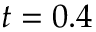
t = 0 . 4